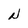
Character: N